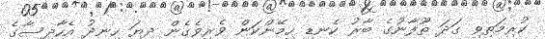
ކުރިމަތިވި ގަދަ ތޫފާނުގެ ބާރު ކެނޑި ހިމޭންކަން ވެރިވެގެން ދިޔަ ހިނދު އެހާދިސާގެ